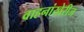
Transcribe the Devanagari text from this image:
वाहनांखेरीज